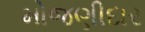
મોજણીદાર